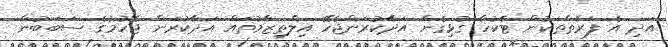
އަދި އެ ފަރާތްތަކުން ޓެކުހާ ގުޅިގެން އަދާކުރަންޖެހޭ އިލްތިޒާމުތައް އަދާކުރަން ޖެހުމުގެ ސަބަބުން